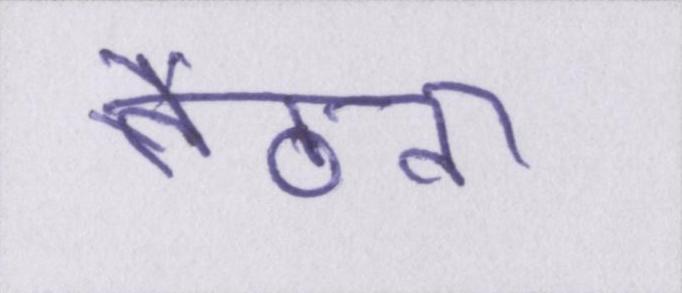
बैठना